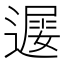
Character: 𨖔